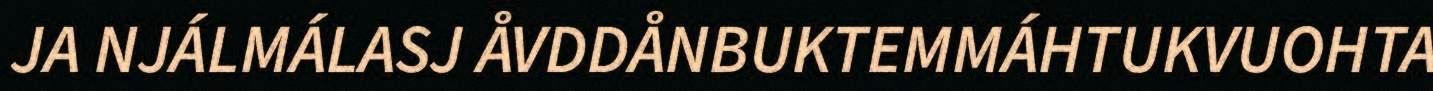
JA NJÁLMÁLASJ ÅVDDÅNBUKTEMMÁHTUKVUOHTA